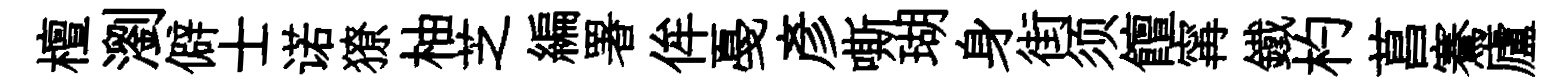
檀瀏僻士诺獠柚芝編署侔戞彥嘶瑚身街须饘𡩋鐵杓菖騫廬